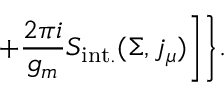
+ \frac { 2 \pi i } { g _ { m } } S _ { \mathrm { i n t . } } ( \Sigma , j _ { \mu } ) \Biggr ] \Biggr \} .